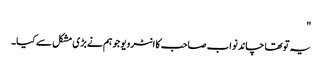
"
یہ تو تھا چاند نواب صاحب کا انٹرویو جو ہم نے بڑی مشکل سے کیا۔